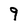
Character: 9